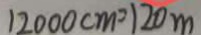
1 2 0 0 0 c m = 1 2 0 m